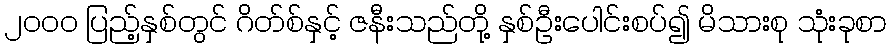
၂၀၀၀ ပြည့်နှစ်တွင် ဂိတ်စ်နှင့် ဇနီးသည်တို့ နှစ်ဦးပေါင်းစပ်၍ မိသားစု သုံးခုစာ